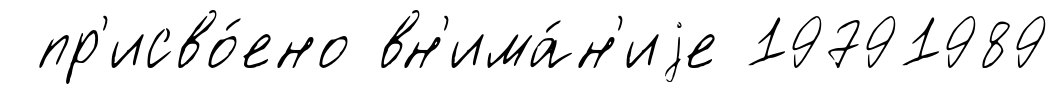
пр'исво́ено вн'има́н'иjе 19791989